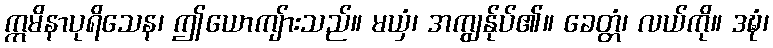
ဣမိနာပုရိသေန၊ ဤယောကျ်ားသည်။ မယှံ၊ အကျွန်ုပ်၏။ ခေတ္တံ၊ လယ်ကို။ ဒဍ္ဎံ၊